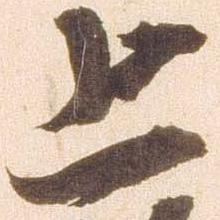
上